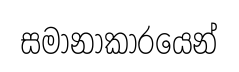
සමානාකාරයෙන්